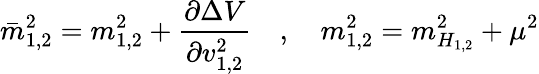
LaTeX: \bar{m}_{{1,2}}^{2}={m}_{{1,2}}^{2}+\frac{\partial\Delta V}{\partial v_{{1,2}}^{2}}\quad,\quad{m}_{{1,2}}^{2}={m}_{H_{{1,2}}}^{2}+\mu^{2}